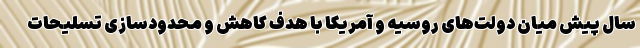
سال پیش میان دولت‌های روسیه و آمریکا با هدف کاهش و محدودسازی تسلیحات